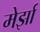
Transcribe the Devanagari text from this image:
मेर्झा